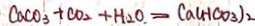
C a C O _ { 3 } + C O _ { 2 } + H _ { 2 } O = C a ( H C O _ { 3 } ) _ { 2 }